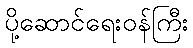
ပို့ဆောင်ရေးဝန်ကြီး